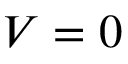
V = 0